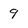
Character: g